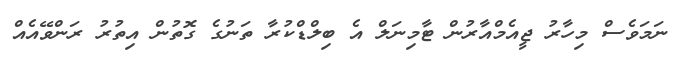
ނަމަވެސް މިހާރު ޖީއެމްއާރުން ޓާމިނަލް އެ ބިލްޑްކުރާ ތަނުގެ ގޮތުން އިތުރު ރަންވޭއެއް